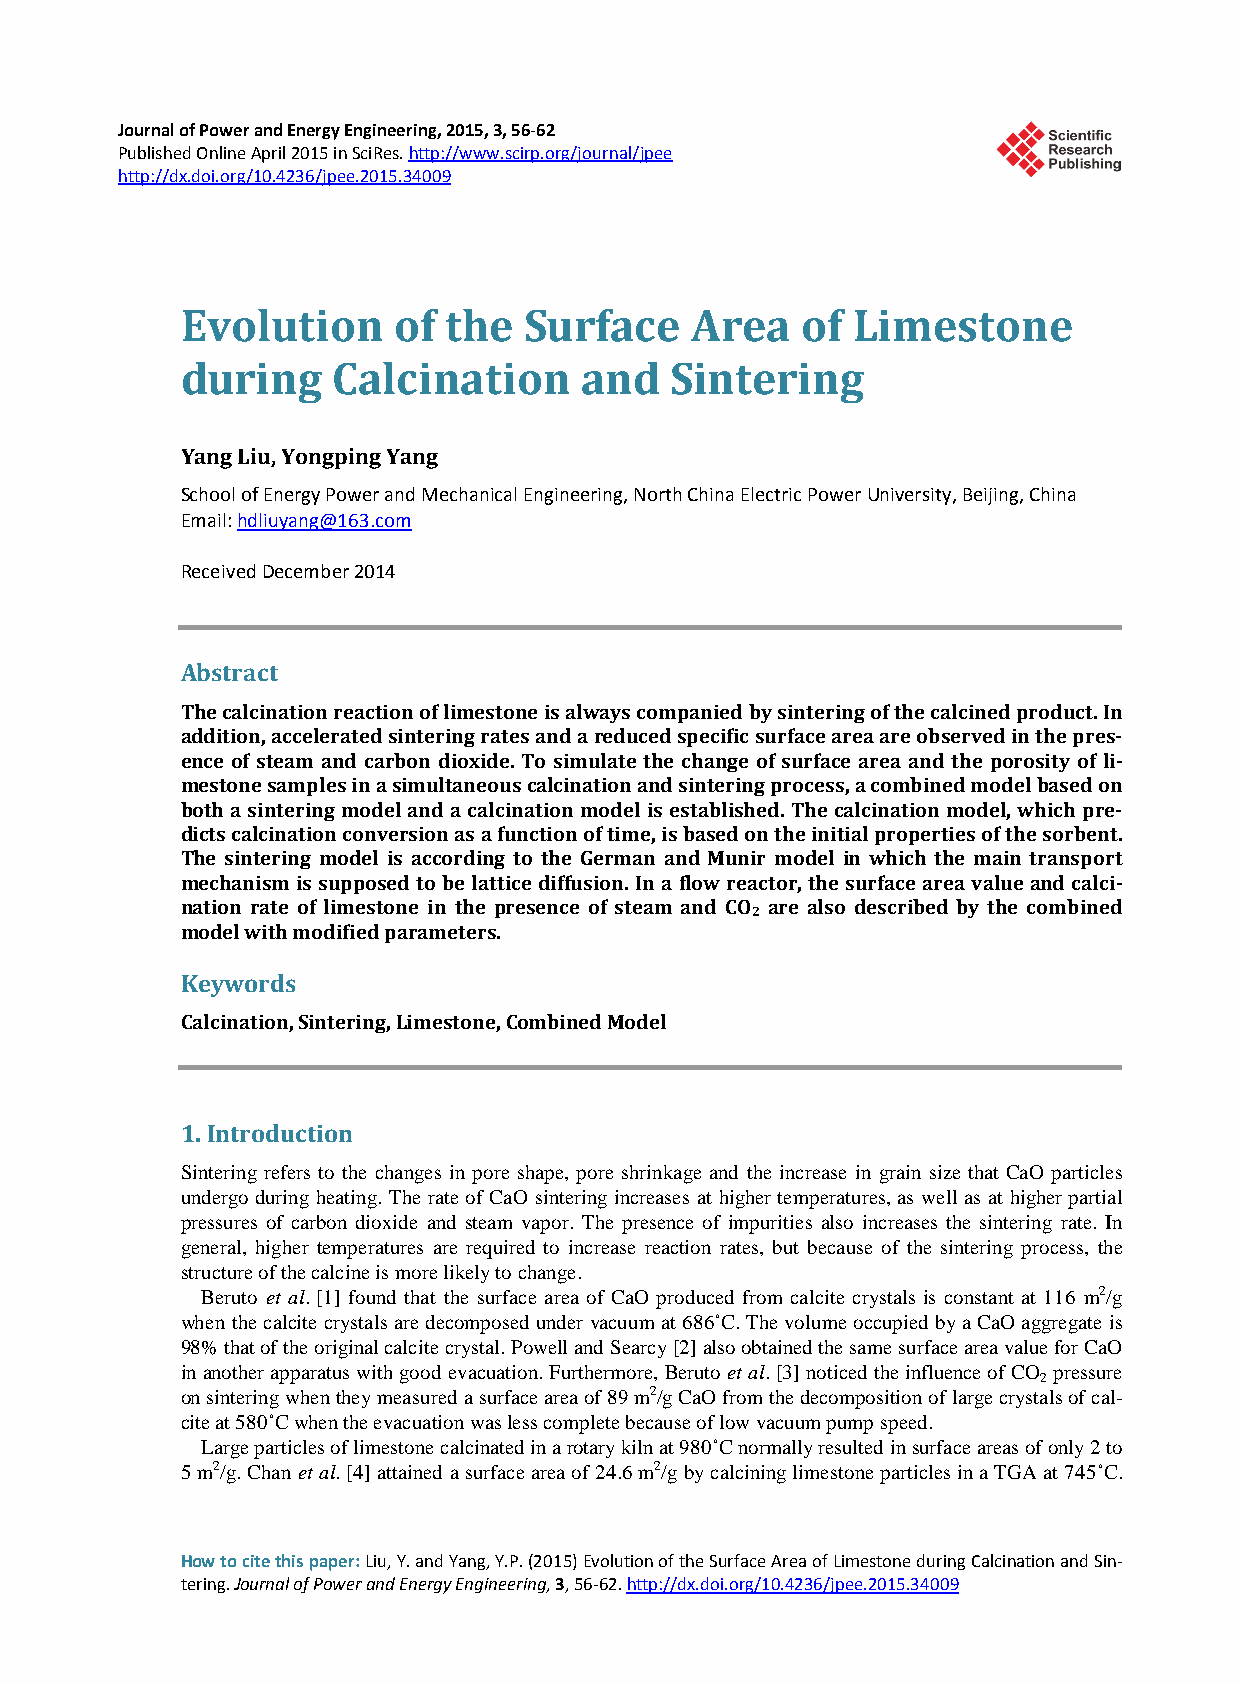
Journal of Power and Energy Engineering, 2015, 3, 56-62
 Published Online April 2015 in SciRes. http://www.scirp.org/journal/jpee
 http://dx.doi.org/10.4236/jpee.2015.34009
 Evolution     of the   Surface    Area   of Limestone
 during    Calcination     and   Sintering
 Yang Liu, Yongping Yang
 School of Energy Power and Mechanical Engineering, North China Electric Power University, Beijing, China
 Email: hdliuyang@163.com
 Received December 2014
 Abstract
 The calcination reaction of limestone is always companied by sintering of the calcined product. In
 addition, accelerated sintering rates and a reduced specific surface area are observed in the pres-
 ence of steam and carbon dioxide. To simulate the change of surface area and the porosity of li-
 mestone samples in a simultaneous calcination and sintering process, a combined model based on
 both a sintering model and a calcination model is established. The calcination model, which pre-
 dicts calcination conversion as a function of time, is based on the initial properties of the sorbent.
 The sintering model is according to the German and Munir model in which the main transport
 mechanism is supposed to be lattice diffusion. In a flow reactor, the surface area value and calci-
 nation rate of limestone in the presence of steam and CO are also described by the combined
 2
 model with modified parameters.
 Keywords
 Calcination, Sintering, Limestone, Combined Model
 1. Introduction
 Sintering refers to the changes in pore shape, pore shrinkage and the increase in grain size that CaO particles
 undergo during heating. The rate of CaO sintering increases at higher temperatures, as well as at higher partial
 pressures of carbon dioxide and steam vapor. The presence of impurities also increases the sintering rate. In
 general, higher temperatures are required to increase reaction rates, but because of the sintering process, the
 structure of the calcine is more likely to change.
 Beruto et al. [1] found that the surface area of CaO produced from calcite crystals is constant at 116 m2/g
 when the calcite crystals are decomposed under vacuum at 686˚C. The volume occupied by a CaO aggregate is
 98% that of the original calcite crystal. Powell and Searcy [2] also obtained the same surface area value for CaO
 in another apparatus with good evacuation. Furthermore, Beruto et al. [3] noticed the influence of CO pressure
 2
 on sintering when they measured a surface area of 89 m2/g CaO from the decomposition of large crystals of cal-
 cite at 580˚C when the evacuation was less complete because of low vacuum pump speed.
 Large particles of limestone calcinated in a rotary kiln at 980˚C normally resulted in surface areas of only 2 to
 5 m2/g. Chan et al. [4] attained a surface area of 24.6 m2/g by calcining limestone particles in a TGA at 745˚C.
 How to cite this paper: Liu, Y. and Yang, Y.P. (2015) Evolution of the Surface Area of Limestone during Calcination and Sin-
 tering. Journal of Power and Energy Engineering, 3, 56-62. http://dx.doi.org/10.4236/jpee.2015.34009